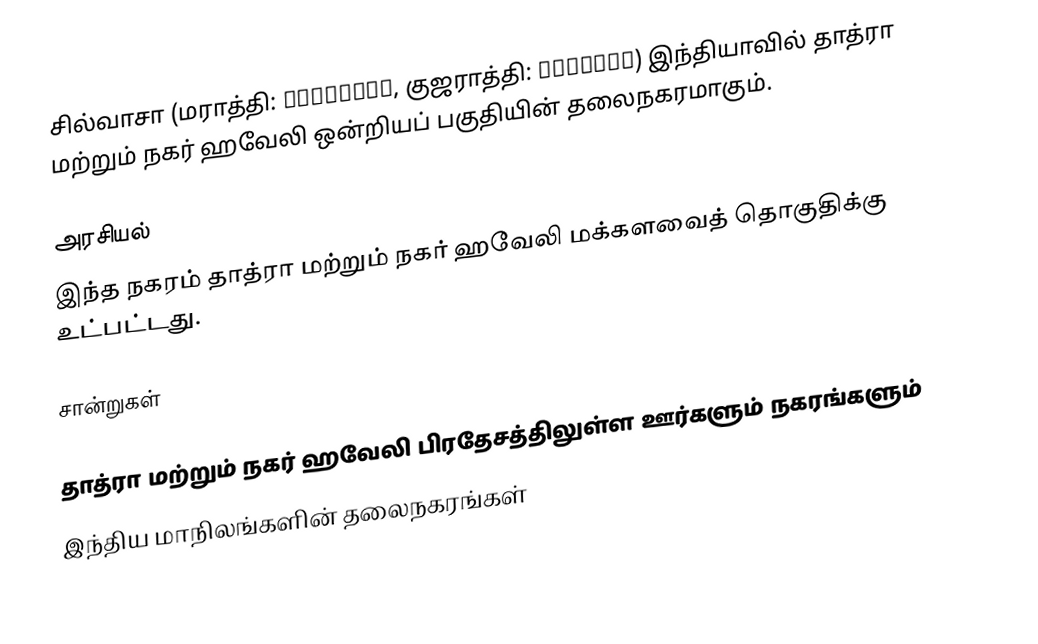
சில்வாசா (மராத்தி: सिल्वासा, குஜராத்தி: સેલ્વાસ) இந்தியாவில் தாத்ரா மற்றும் நகர் ஹவேலி ஒன்றியப் பகுதியின் தலைநகரமாகும்.

அரசியல்
இந்த நகரம் தாத்ரா மற்றும் நகர் ஹவேலி மக்களவைத் தொகுதிக்கு உட்பட்டது.

சான்றுகள்

தாத்ரா மற்றும் நகர் ஹவேலி பிரதேசத்திலுள்ள ஊர்களும் நகரங்களும்
இந்திய மாநிலங்களின் தலைநகரங்கள்